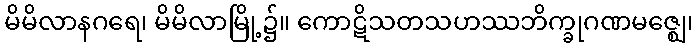
မိမိလာနဂရေ၊ မိမိလာမြို့၌။ ကောဋိသတသဟဿဘိက္ခုဂဏမဇ္ဈေ၊